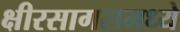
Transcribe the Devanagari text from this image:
क्षीरसागरामध्ये